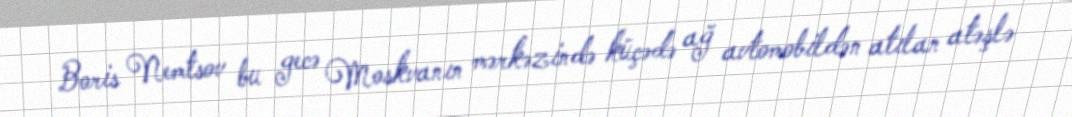
Boris Nemtsov bu gecə Moskvanın mərkəzində küçədə ağ avtomobildən atılan atəşlə